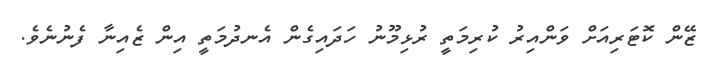
ޒޭން ކޮޓަރިއަށް ވަންއިރު ކުރިމަތީ ރުޅިމޫނު ހަދައިގެން އެނދުމަތީ އިން ޒެއިނާ ފެނުނެވެ.